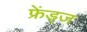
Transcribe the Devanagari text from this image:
फ्रेंड्ज